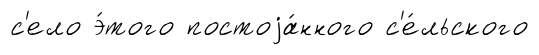
с'ело э́того постоjа́нного с'е́льского